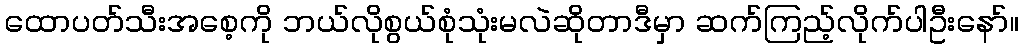
ထောပတ်သီးအစေ့ကို ဘယ်လိုစွယ်စုံသုံးမလဲဆိုတာဒီမှာ ဆက်ကြည့်လိုက်ပါဦးနော်။